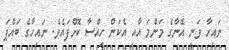
ނައިހާ ވަނީ އޭނާގެ މަންމަ އާއި އެކަން ހިއްސާ ކޮށްފައެވެ. ނައިހާގެ ބައްޕަ